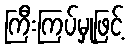
ကြီးကြပ်မှုဖြင့်